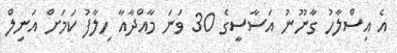
އެ އިސްލާހު ގާނޫނު އަސާސީގެ 30 ވަނަ މާއްދާއާ ހިލާފު ކަމަށް އަނިލް